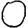
Digit: 0